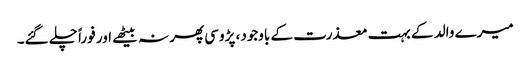
میرے والد کے بہت معذرت کے باوجود، پڑوسی پھر نہ بیٹھے اور فوراً چلے گئے۔